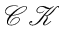
\mathcal { C K }